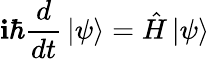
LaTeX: \mathbf{i}\hbar{\frac{{d}}{{dt}}}\left|\psi\right\rangle={\hat{{H}}}\left|\psi\right\rangle